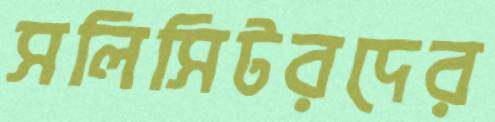
সলিসিটরদের